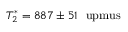
T _ { 2 } ^ { \ast } = 8 8 7 \pm 5 1 ~ \mathrm { \ u p m u s }